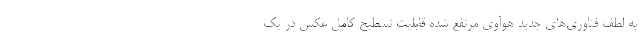
به لطف فناوری‌های جدید هوآوی مرتفع شده قابلیت تسطیح کامل عکس در یک